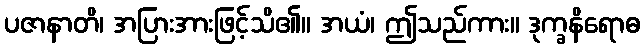
ပဇာနာတိ၊ အပြားအားဖြင့်သိ၏။ အယံ၊ ဤသည်ကား။ ဒုက္ခနိရောဓ